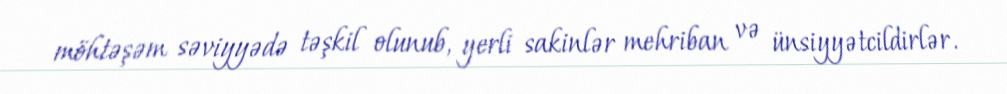
möhtəşəm səviyyədə təşkil olunub, yerli sakinlər mehriban və ünsiyyətcildirlər.